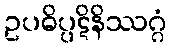
ဥပဓိပ္ပဋိနိဿဂ္ဂံ